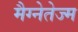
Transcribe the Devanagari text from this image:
मैग्नेतेज्म